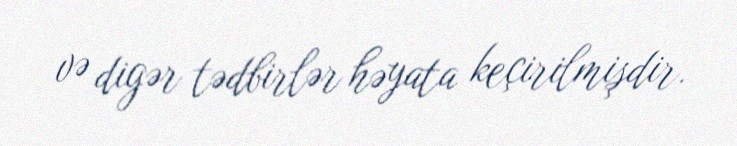
və digər tədbirlər həyata keçirilmişdir.